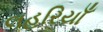
લહરિયાઁ